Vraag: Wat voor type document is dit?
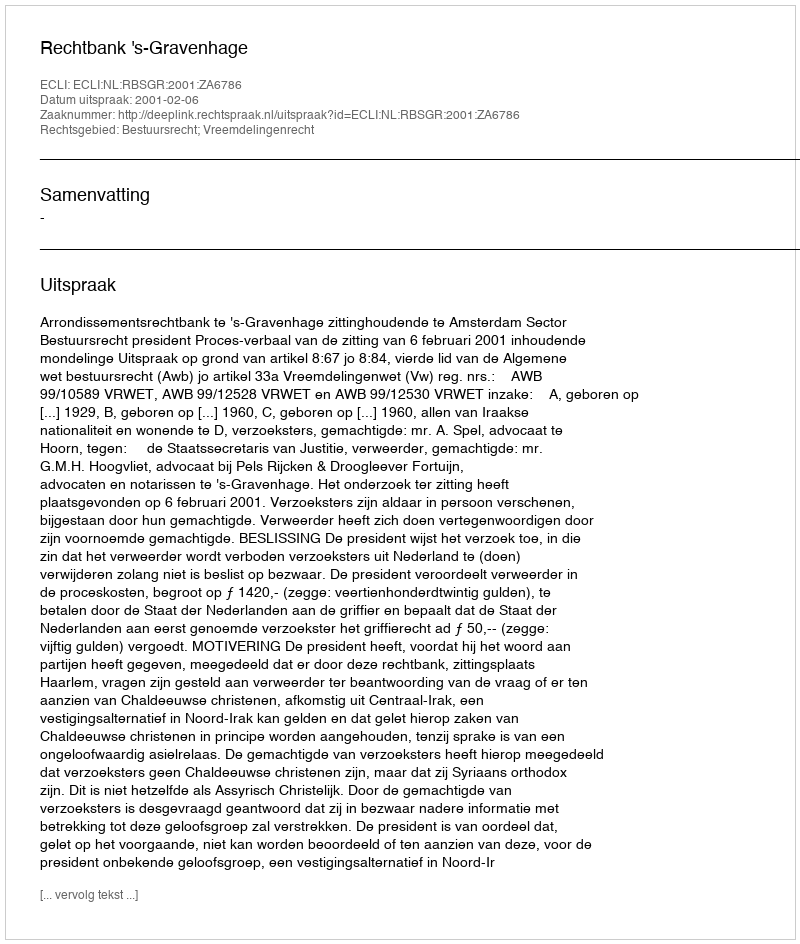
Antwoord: Uitspraak